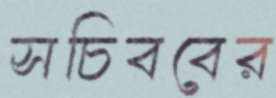
সচিববের